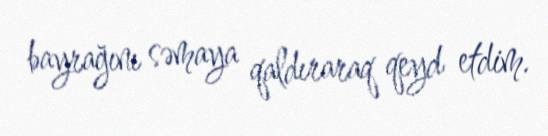
bayrağını səmaya qaldıraraq qeyd etdim.